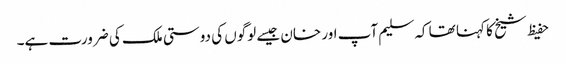
حفیظ شیخ کا کہنا تھا کہ سلیم آپ اور خان جیسے لوگوں کی دوستی ملک کی ضرورت ہے۔